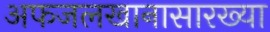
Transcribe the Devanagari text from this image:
अफजलखानासारख्या